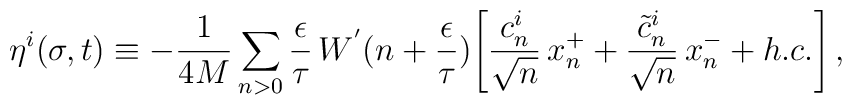
\eta^i(\sigma,t) \equiv - \frac{1}{4M} \sum_{n>0}\frac{\epsilon}{\tau} \, W^{'} (n+\frac{\epsilon}{\tau})\Biggl[ \frac{c_n^i}{\sqrt{n}} \, x_n^+ +\frac{\tilde{c}_n^i}{\sqrt{n}} \, x_n^- + h.c. \Biggr] \, ,